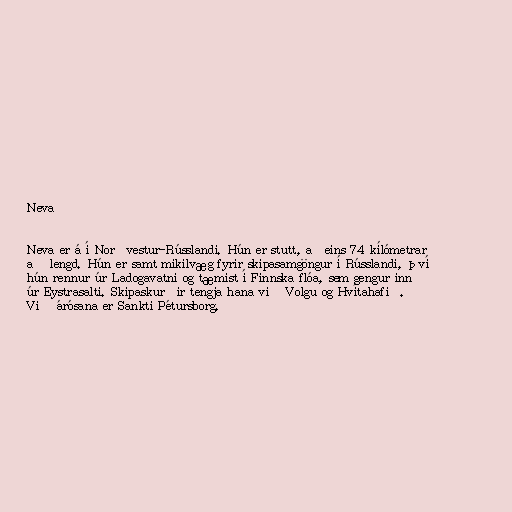
Neva

Neva er á í Norðvestur-Rússlandi. Hún er stutt, aðeins 74 kílómetrar
að lengd. Hún er samt mikilvæg fyrir skipasamgöngur í Rússlandi, því
hún rennur úr Ladogavatni og tæmist í Finnska flóa, sem gengur inn
úr Eystrasalti. Skipaskurðir tengja hana við Volgu og Hvítahafið.
Við árósana er Sankti Pétursborg.